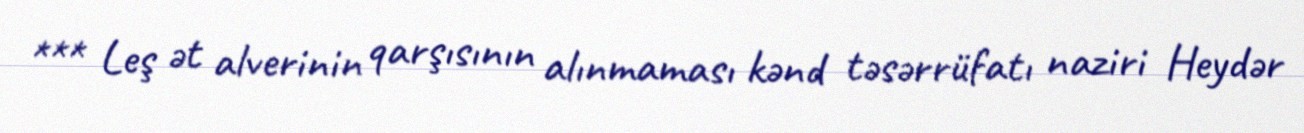
*** Leş ət alverinin qarşısının alınmaması kənd təsərrüfatı naziri Heydər